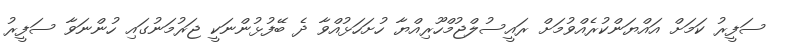
ސަފީރު ކަމަށް އައްޔަންކުރެއްވުމަށް ރައީސުލްޖުމްހޫރިއްޔާ ހުށަހަޅުއްވާ ދެ ބޭފުޅުންނަކީ ޖަރުމަނުގައި ހުންނަވާ ސަފީރު